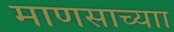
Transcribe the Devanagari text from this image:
माणसाच्याा